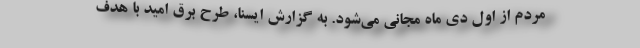
مردم از اول دی ماه مجانی می‌شود. به گزارش ایسنا، طرح برق امید با هدف